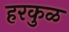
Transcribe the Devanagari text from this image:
हरकुळ